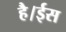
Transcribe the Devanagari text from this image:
है।ईस